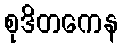
စုဒိတကေန